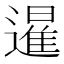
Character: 暹